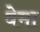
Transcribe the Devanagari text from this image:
वेमा